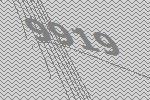
9919